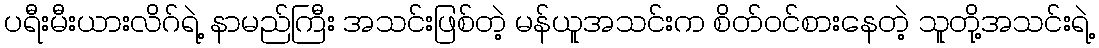
ပရီးမီးယားလိဂ်ရဲ့ နာမည်ကြီး အသင်းဖြစ်တဲ့ မန်ယူအသင်းက စိတ်ဝင်စားနေတဲ့ သူတို့အသင်းရဲ့